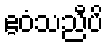
ဧဝံသညီပိ